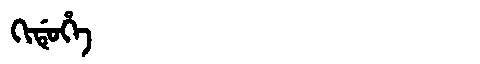
Manchu: ᡴᡳᡩᡠᡥᡝ
Romanization: KIDUHE